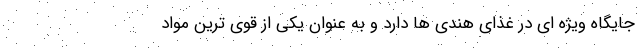
جایگاه ویژه ای در غذای هندی ها دارد و به عنوان یکی از قوی ترین مواد